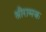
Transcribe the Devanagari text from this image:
श्रीरामक